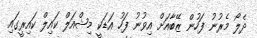
ދެލޯ މެރުނު ފަހުން ޒޭބާއަށް އިވުނު ފަހު އަޑަކީ މިޝްއަލް ކައިލް ކައިރީގައި